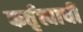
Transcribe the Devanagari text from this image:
कर्तृत्त्वाची